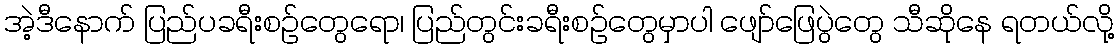
အဲ့ဒီနောက် ပြည်ပခရီးစဉ်တွေရော၊ ပြည်တွင်းခရီးစဉ်တွေမှာပါ ဖျော်ဖြေပွဲတွေ သီဆိုနေ ရတယ်လို့